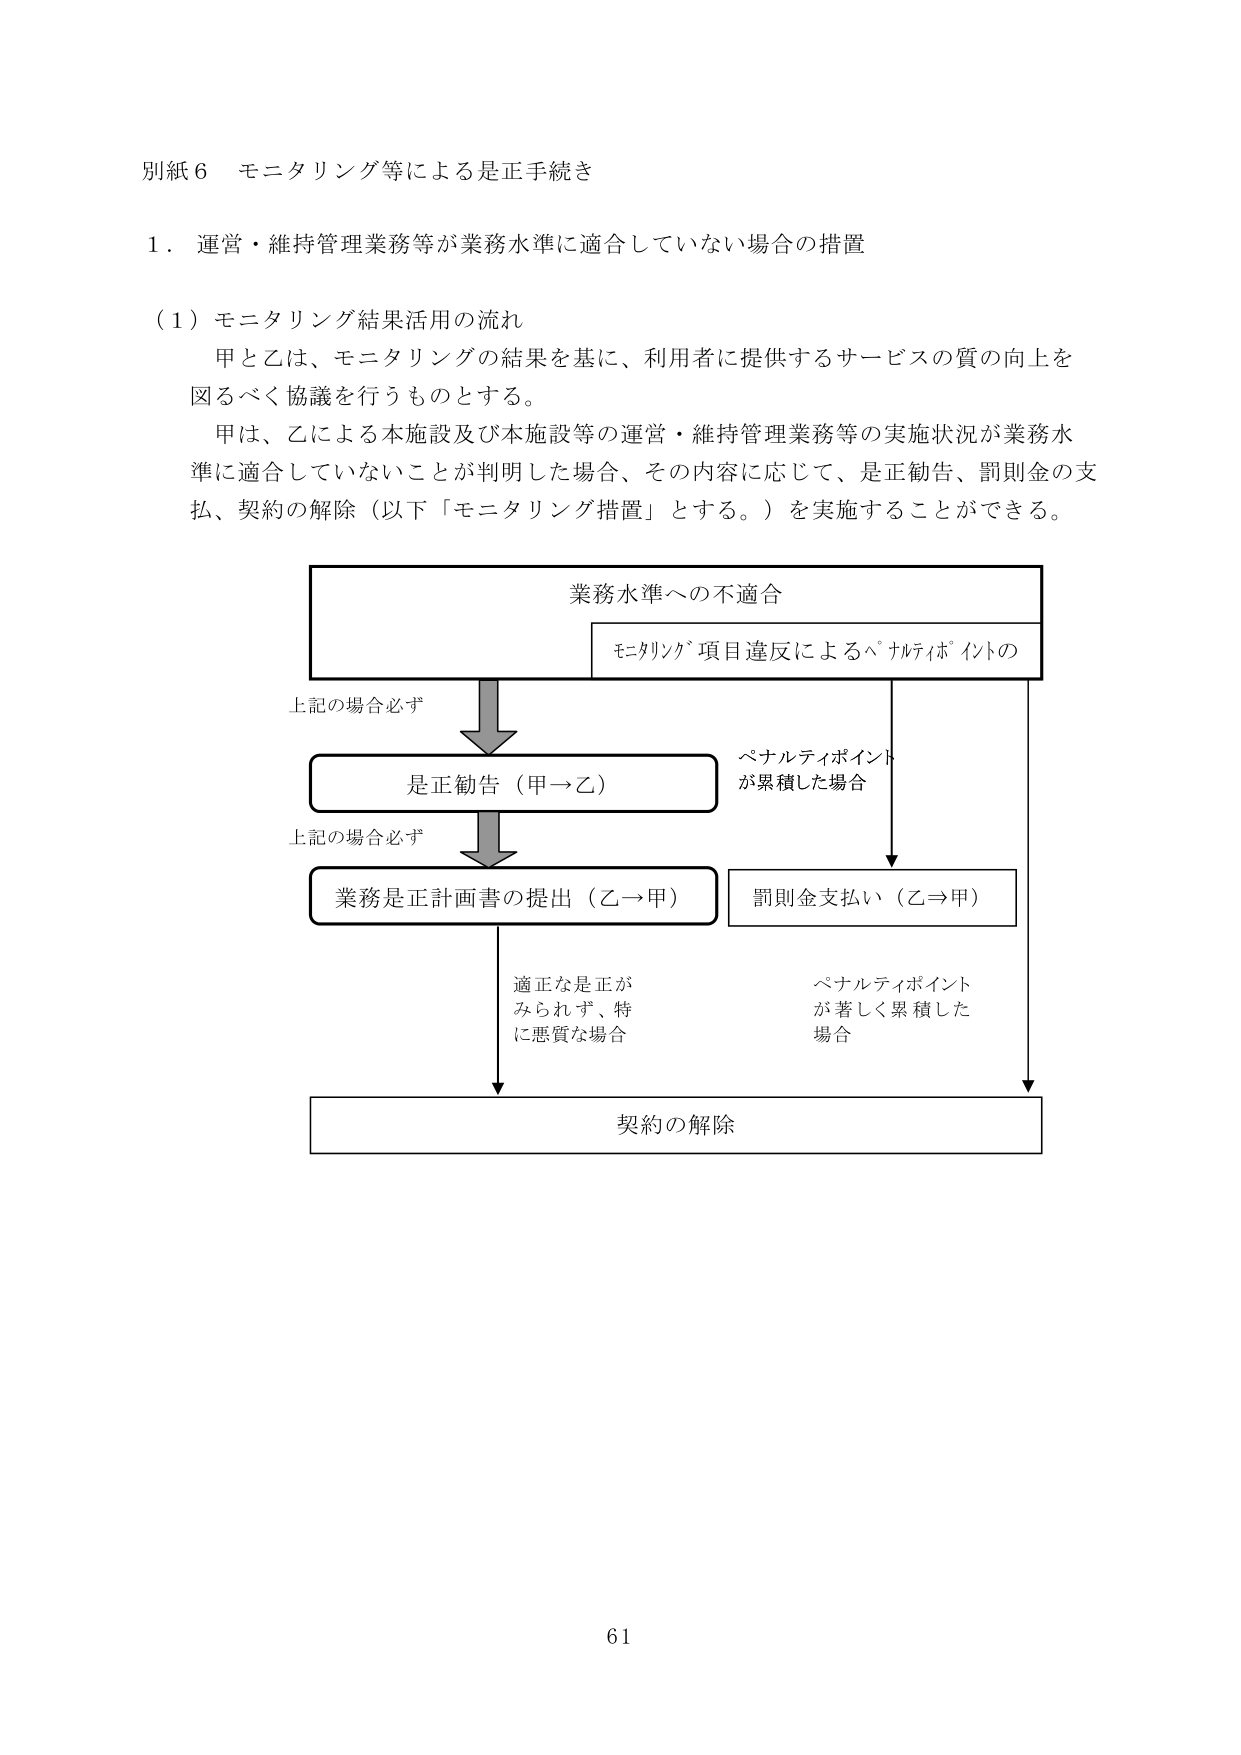
別紙６ モニタリング等による是正手続き

１．運営・維持管理業務等が業務水準に適合していない場合の措置

（１）モニタリング結果活用の流れ
　甲と乙は、モニタリングの結果を基に、利用者に提供するサービスの質の向上を
図るべく協議を行うものとする。
　甲は、乙による本施設及び本施設等の運営・維持管理業務等の実施状況が業務水
準に適合していないことが判明した場合、その内容に応じて、是正勧告、罰則金の支
払、契約の解除（以下「モニタリング措置」とする。）を実施することができる。

業務水準への不適合
　モニタリング項目違反によるペナルティポイントの

上記の場合必ず
　是正勧告（甲→乙）

上記の場合必ず
　業務是正計画書の提出（乙→甲）

　適正な是正が
　みられず、特
　に悪質な場合

　ペナルティポイント
　が累積した場合

　罰則金支払い（乙→甲）

　ペナルティポイント
　が著しく累積した
　場合

　契約の解除

61